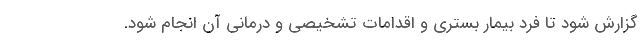
گزارش شود تا فرد بیمار بستری و اقدامات تشخیصی و درمانی آن انجام شود.